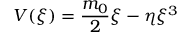
V ( \xi ) = \frac { m _ { 0 } } { 2 } \xi - \eta \xi ^ { 3 }